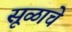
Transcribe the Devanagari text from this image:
सूळाचे